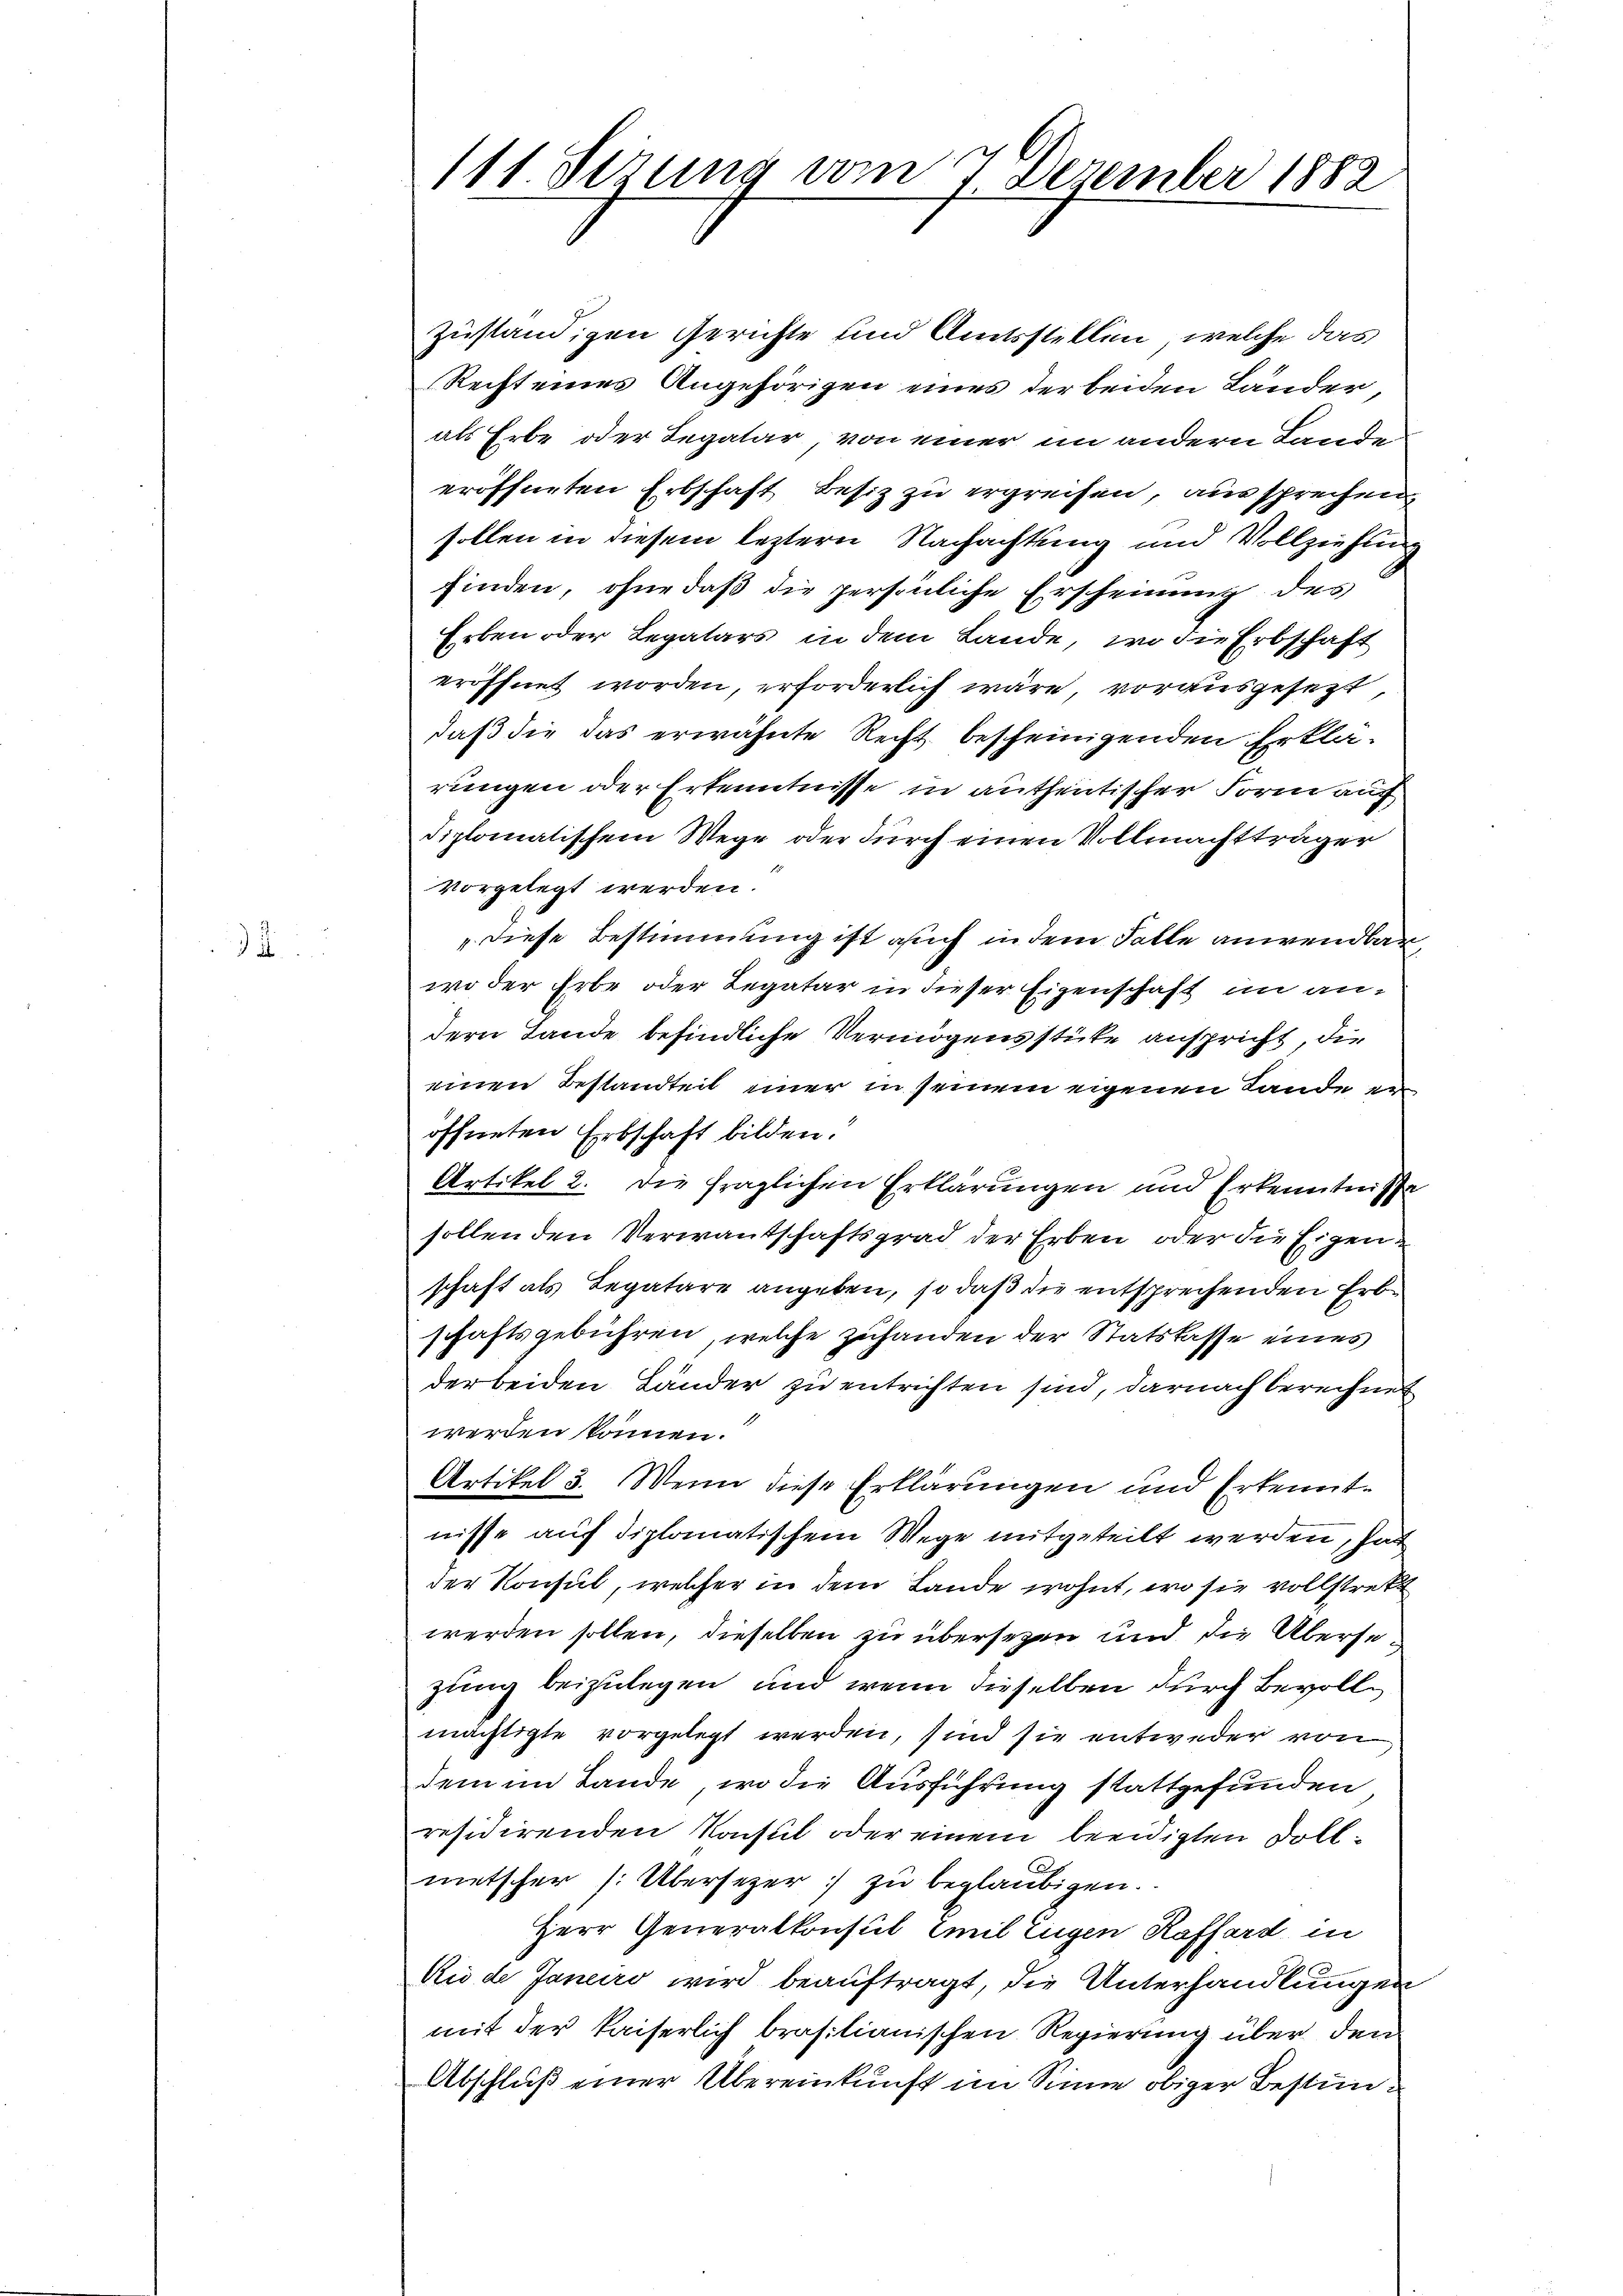
4

111. Serung vom 7. Dezember 1882

zuständigen Gerichte und Amtsstellen, welche das
Recht eines Angehörigen eines der beiden Länder
als Erbe oder Legatar, von einer in andern Lande
eröffneten Erbschaft besiz zu ergreifen, aus sprechen
sollen in diesem leztern Nachachtung und Vollziehung
finden, ohne daß die persönliche Erscheinung des
Erben oder Legatars in dem Lande, wo die Erbschaft
eröffnet worden, erforderlich wäre, vorausgesezt,
daß die das erwähnte Recht bescheinigenden Erklärungen oder Erkenntnisse in autheitischer Form auf
diplomatischem Wege oder durch einen Vollmachtträger
vorgelegt werden.
„diese Bestimmung ist auch in dem Falle anwendbar,
wo der Erbe oder Legatar in dieser Eigenschaft im andern Lande befindliche Vermögensstücke anspricht, die
einen Bestandteit einer in seinem eigenen Lande er
öffneten Erbschaft bilden.
Artikel 2. die fraglichen Erklärungen und Erkenntnisse
sollen den Verwandschaftsgrad der Erben, oder die Eigenschaft als Legatare angeben, so daß die entsprechenden Erbschaftsgebühren, welche zuhanden der Statskasse eines
der beiden Länder zu entrichten sind, darnach berechnet
werden können.
Artikel 3. Wenn diese Erklärungen und Erkenntnisse auf diplomatischem Wege mitgeteilt werden, hat
der Konsul, welcher in dem Lande wohnt, wo sie vollstrekt
werden sollen, dieselben zu übersetzen und die Überse
zung beizulegen und wenn dieselben durch Bevollmächtigte vorgelegt werden, sind sie entweder von
dem im Lande, wo die Ausführung stattgefunden
residirenden Konsul oder einem beeidigten Dollmetscher (: Übersezer:/ zu beglaubigen.
Herr Generalkonsul mit Eugen Kaffard in
Rio de Janeiro wird beauftragt, die Unterhandlungen
mit der kaiserlich brasilianischen Regierung über den
Abschluß einer Übereinkunft im Sinne obiger Bestim¬